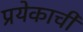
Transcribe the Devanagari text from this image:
प्रयेकाची